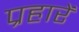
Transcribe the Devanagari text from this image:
प्रहारें